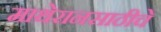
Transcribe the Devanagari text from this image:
माथेरानसाठीचे